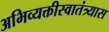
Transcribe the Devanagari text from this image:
अभिव्यक्तीस्वातंत्र्यास